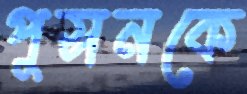
পুসনকে